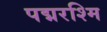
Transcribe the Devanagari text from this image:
पद्मरश्मि